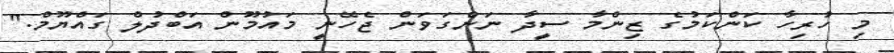
މި ހުރިހާ ކަންކަމުގެ ޒިންމާ ސީދާ ނަންގަވަން ޖެހޭނީ މައުމޫން އަބްދުލް ގައްޔޫމް."